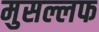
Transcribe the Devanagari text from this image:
मुसल्लफ